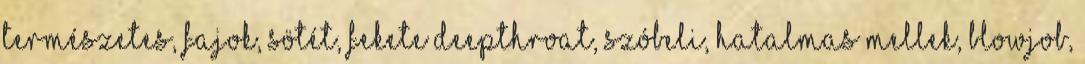
természetes, fajok, sötét, fekete deepthroat, szóbeli, hatalmas mellek, blowjob,